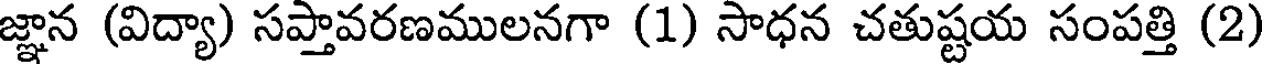
జ్ఞాన (విద్యా) సప్తావరణములనగా (1) సాధన చతుష్టయ సంపత్తి (2)